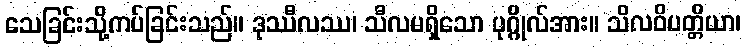
သေခြင်းသို့ကပ်ခြင်းသည်။ ဒုဿီလဿ၊ သီလမရှိသော ပုဂ္ဂိုလ်အား။ သိလဝိပတ္တိယာ၊